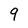
Character: 9